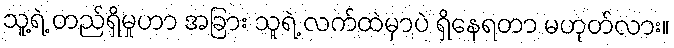
သူ့ရဲ့ တည်ရှိမှုဟာ အခြား သူရဲ့ လက်ထဲမှာပဲ ရှိနေရတာ မဟုတ်လား။